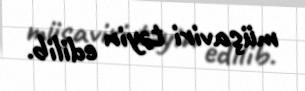
müşaviri təyin edilib.